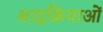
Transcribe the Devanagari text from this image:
श्राद्धक्रियाओं